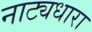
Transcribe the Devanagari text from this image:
नाट्यधारा